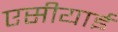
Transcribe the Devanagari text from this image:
एसीयाई